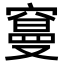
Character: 𥧭